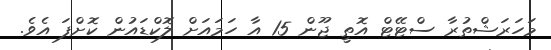
މަހަރަޝްތުރާ ސްޓޭޓް އޮތީ ޖޫން 15 އާ ހަމައަށް ލޮކްޑައުން ކޮށްފަ އެވެ.